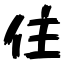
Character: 住